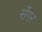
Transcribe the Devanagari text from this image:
सॅंगर